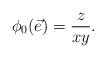
LaTeX: \begin{align*} \phi_0(\vec{e})=\frac{z}{xy}. \end{align*}